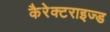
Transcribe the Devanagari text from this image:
कैरेक्टराइज्ड